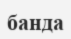
банда